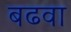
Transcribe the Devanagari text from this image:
बढवा